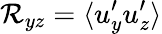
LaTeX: {\cal{R}}_{yz}=\langle{u_{y}^{\prime}u_{z}^{\prime}}\rangle